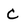
Character: C